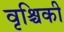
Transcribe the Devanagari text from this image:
वृश्चिकी